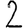
Digit: 2